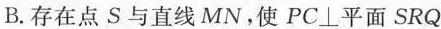
B.存在点S与直线MN，使PC⊥平面SRQ